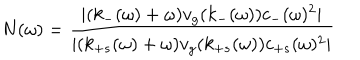
LaTeX: N ( \omega ) = \frac { | ( k _ { - } ( \omega ) + \omega ) v _ { g } ( k _ { - } ( \omega ) ) c _ { - } ( \omega ) ^ { 2 } | } { | ( k _ { + s } ( \omega ) + \omega ) v _ { g } ( k _ { + s } ( \omega ) ) c _ { + s } ( \omega ) ^ { 2 } | }